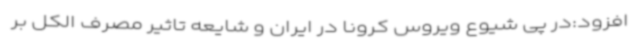
افزود:در پی شیوع ویروس کرونا در ایران و شایعه تاثیر مصرف الکل بر